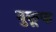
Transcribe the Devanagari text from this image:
वुकूफ